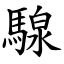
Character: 騡